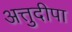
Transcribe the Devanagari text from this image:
अत्तुदीपा